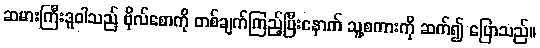
ဆမားကြီးဒူဝါသည် ဗိုလ်စောကို တစ်ချက်ကြည့်ပြီးနောက် သူ့စကားကို ဆက်၍ ပြောသည်။